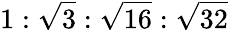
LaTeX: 1:\sqrt{3}:\sqrt{16}:\sqrt{32}